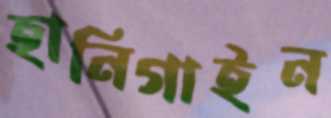
হানিগাইন